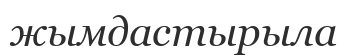
жымдастырыла